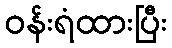
ဝန်းရံထားပြီး